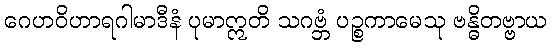
ဂေဟဝိဟာရဂါမာဒီနံ ပုမာဣတိ သဂဗ္ဘံ ပဉ္စကာမေသု ဗန္ဓိတဗ္ဗာယ